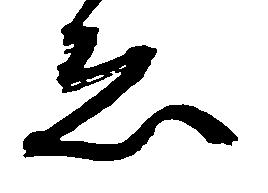
ゑ